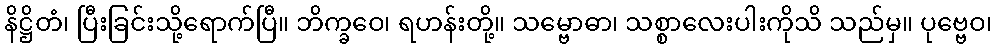
နိဋ္ဌိတံ၊ ပြီးခြင်းသို့ရောက်ပြီ။ ဘိက္ခဝေ၊ ရဟန်းတို့။ သမ္ဗောဓာ၊ သစ္စာလေးပါးကိုသိ သည်မှ။ ပုဗ္ဗေဝ၊